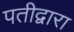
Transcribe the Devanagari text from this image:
पतीद्वारा